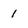
Character: 1